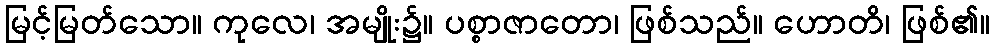
မြင့်မြတ်သော။ ကုလေ၊ အမျိုး၌။ ပစ္စာဇာတော၊ ဖြစ်သည်။ ဟောတိ၊ ဖြစ်၏။